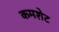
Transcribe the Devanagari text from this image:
कमशेट